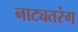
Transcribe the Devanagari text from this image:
नाट्यतरंग